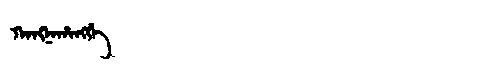
Manchu: ᡴᠠᠩᠨᠠᡥᠠᠩᡤᡝ
Romanization: KANGNAHANGGE